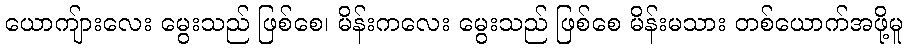
ယောကျ်ားလေး မွေးသည် ဖြစ်စေ၊ မိန်းကလေး မွေးသည် ဖြစ်စေ မိန်းမသား တစ်ယောက်အဖို့မူ